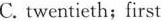
C. twentieth;first